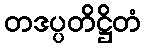
တဒပ္ပတိဋ္ဌိတံ